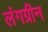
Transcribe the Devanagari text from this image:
लंगग्रीन